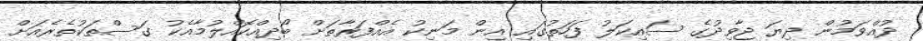
ދުއްވަމުން ދިޔަ ޖާވިދުގެ ސައިކަލު ފަހަތުގައި އިން މަނިކު އެއްފަރާތަށް ބޯދިއްކޮއްލުމާއެކު ގަސްތަކުތެރެއަށް